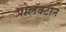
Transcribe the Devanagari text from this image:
प्रोलॅक्टीन